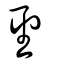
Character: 聖